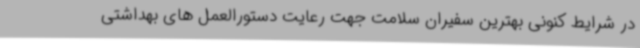
در شرایط کنونی بهترین سفیران سلامت جهت رعایت دستورالعمل های بهداشتی